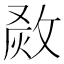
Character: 𤉺